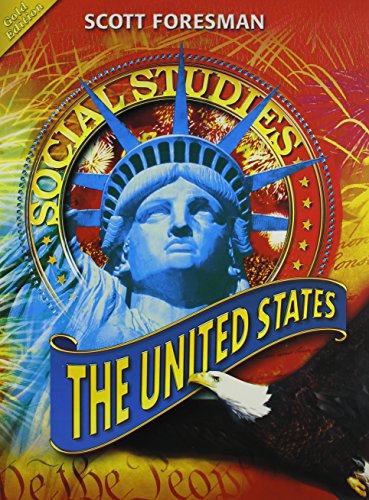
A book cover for SOCIAL STUDIES 2008 STUDENT EDITION (HARDCOVER) GRADE 5 THE UNITED      STATES (Scott, Foresman Social Studies); Scott Foresman; Children's Books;